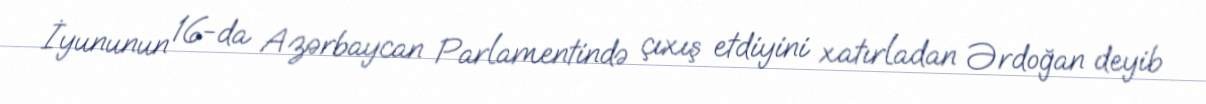
İyununun 16-da Azərbaycan Parlamentində çıxış etdiyini xatırladan Ərdoğan deyib